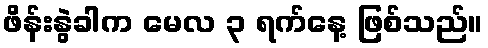
ဖိန်းနွဲခါက မေလ ၃ ရက်နေ့ ဖြစ်သည်။